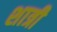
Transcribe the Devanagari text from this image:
शात्री